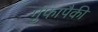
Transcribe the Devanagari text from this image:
गुंफापैकी